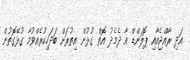
އަދި ރާއްޖެއާއި ޕޮލަންޑް އާ ދެމެދު އޮތް ގުޅުން އިތުރަށް ބަދަހިކުރެއްވުމާ ގުޅޭގޮތުން